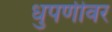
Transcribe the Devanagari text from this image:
धुपणीवर